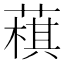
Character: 𦻊